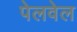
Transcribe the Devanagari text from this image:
पेलवेल